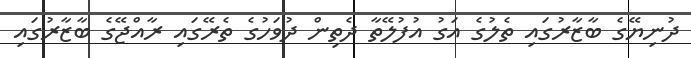
ދުނިޔޭގެ ބާޒާރުގައި ތެލުގެ އަގު އުފުލޭތާ ދެތިން ދުވަހުގެ ތެރޭގައި ރާއްޖޭގެ ބާޒާރުގައި